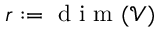
r : = \mathrm { ~ d ~ i ~ m ~ } ( \mathcal { V } )